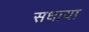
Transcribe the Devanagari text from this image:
सधाया